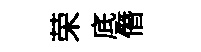
荣底僭